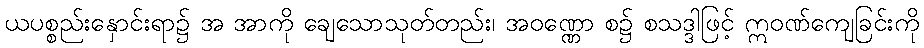
ယပစ္စည်းနှောင်းရာ၌ အ အာကို ချေသောသုတ်တည်း၊ အဝဏ္ဏော စ၌ စသဒ္ဒါဖြင့် ဣဝဏ်ကျေခြင်းကို